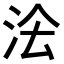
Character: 𭰅